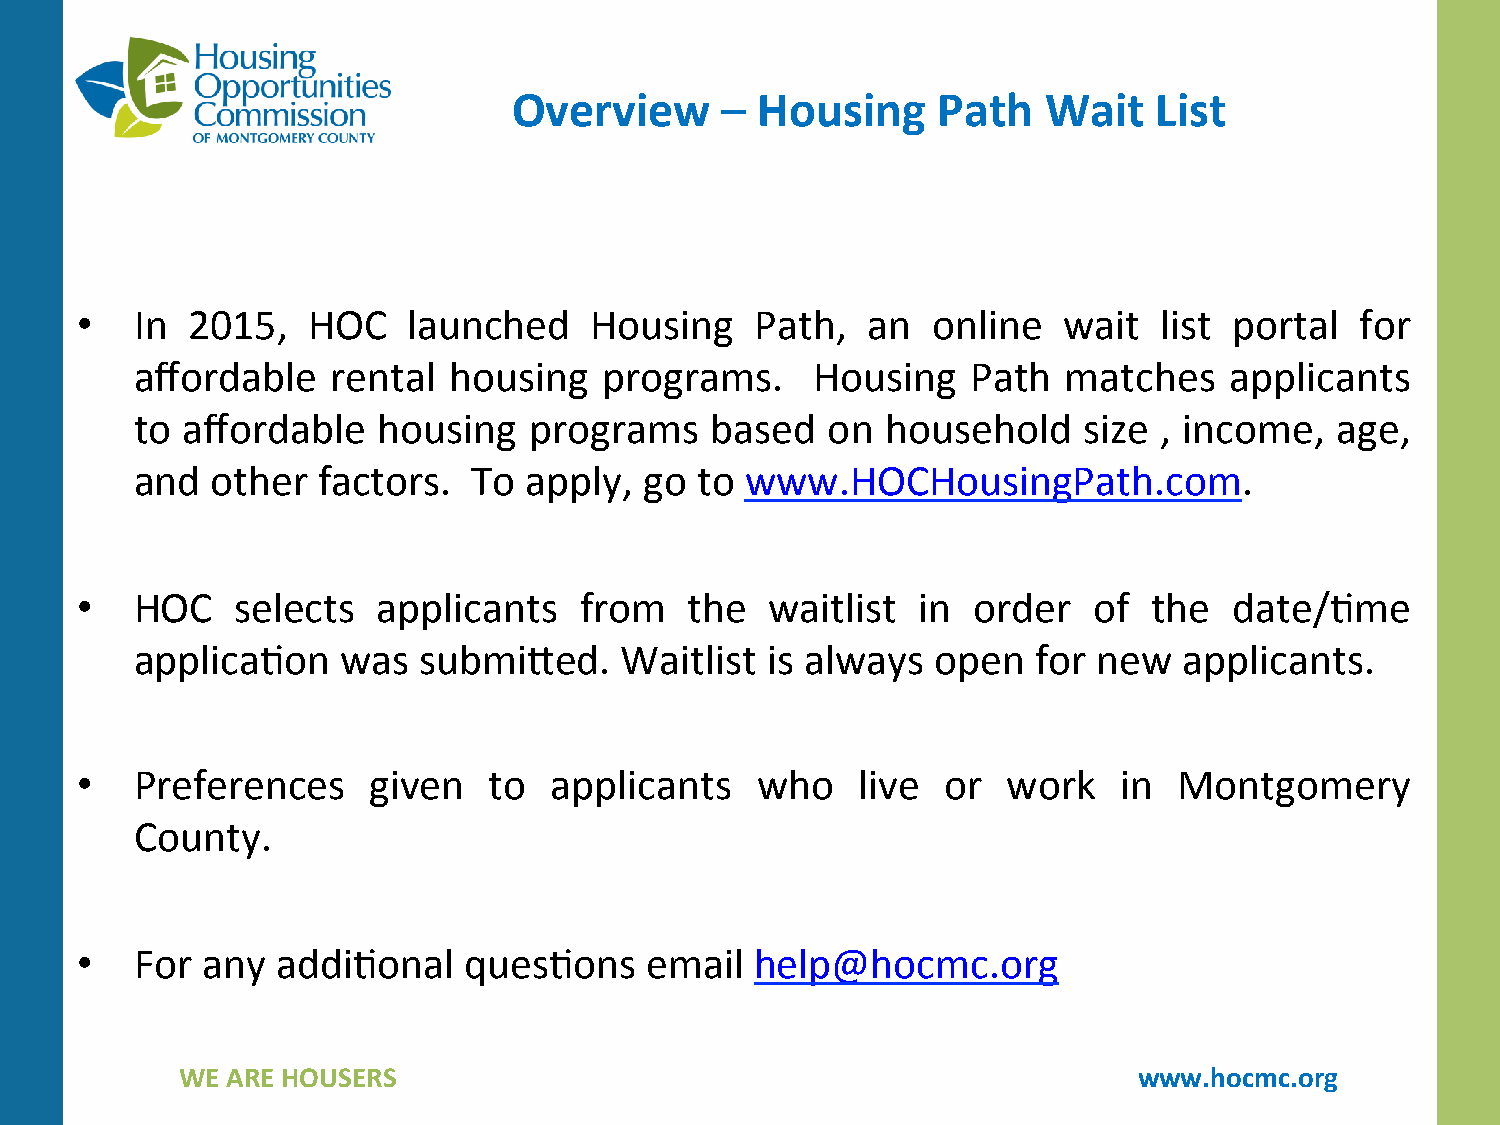
Overview      – Housing     Path   Wait   List
 •   In 2015,   HOC    launched    Housing    Path,  an   online  wait   list portal  for
 affordable   rental  housing   programs.     Housing   Path   matches   applicants
 to affordable   housing   programs    based   on  household    size , income,  age,
 and  other  factors.  To  apply,  go to www.HOCHousingPath.com.
 •   HOC    selects  applicants   from    the  waitlist  in order   of  the   date/4me
 applica4on    was  submiaed.    Waitlist  is always  open   for new  applicants.
 •   Preferences     given  to  applicants    who    live or   work   in  Montgomery
 County.
 •   For any  addi4onal    ques4ons    email  help@hocmc.org
 WE ARE HOUSERS                                                 www.hocmc.org